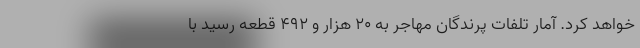
خواهد کرد. آمار تلفات پرندگان مهاجر به ۲۰ هزار و ۴۹۲ قطعه رسید با